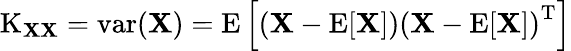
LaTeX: \operatorname{K}_{\mathbf{X}\mathbf{X}}=\operatorname{var}(\mathbf{X})=\operatorname{E}\left[\left(\mathbf{X}-\operatorname{E}[\mathbf{X}]\right)\left(\mathbf{X}-\operatorname{E}[\mathbf{X}]\right)^{\mathrm{{T}}}\right]